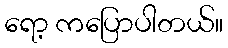
ရော့ ကပြောပါတယ်။